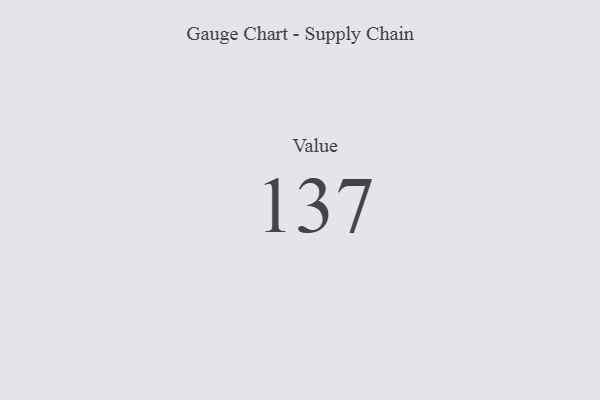
{"axis": {"x": "Metric", "y": "Value"}, "legend": [""], "data": [{"x": "Value", "y": 137, "type": ""}]}